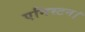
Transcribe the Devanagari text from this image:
एनिस्टन।